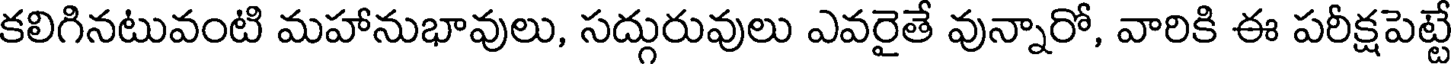
కలిగినటువంటి మహానుభావులు, సద్గురువులు ఎవరైతే వున్నారో, వారికి ఈ పరీక్షపెట్టే